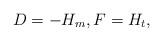
LaTeX: \begin{align*}D=-H_m,F=H_t, \end{align*}